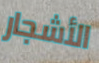
الأشجار